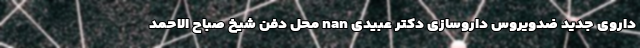
داروی جدید ضدویروس داروسازی دکتر عبیدی nan محل دفن شیخ صباح الاحمد